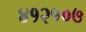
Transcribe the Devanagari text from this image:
४१२१०७